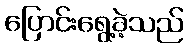
ပြောင်းရွေ့ခဲ့သည်